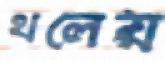
থলেয়